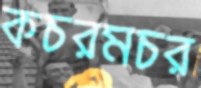
কচরমচর